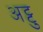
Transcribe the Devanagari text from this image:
अट्टु